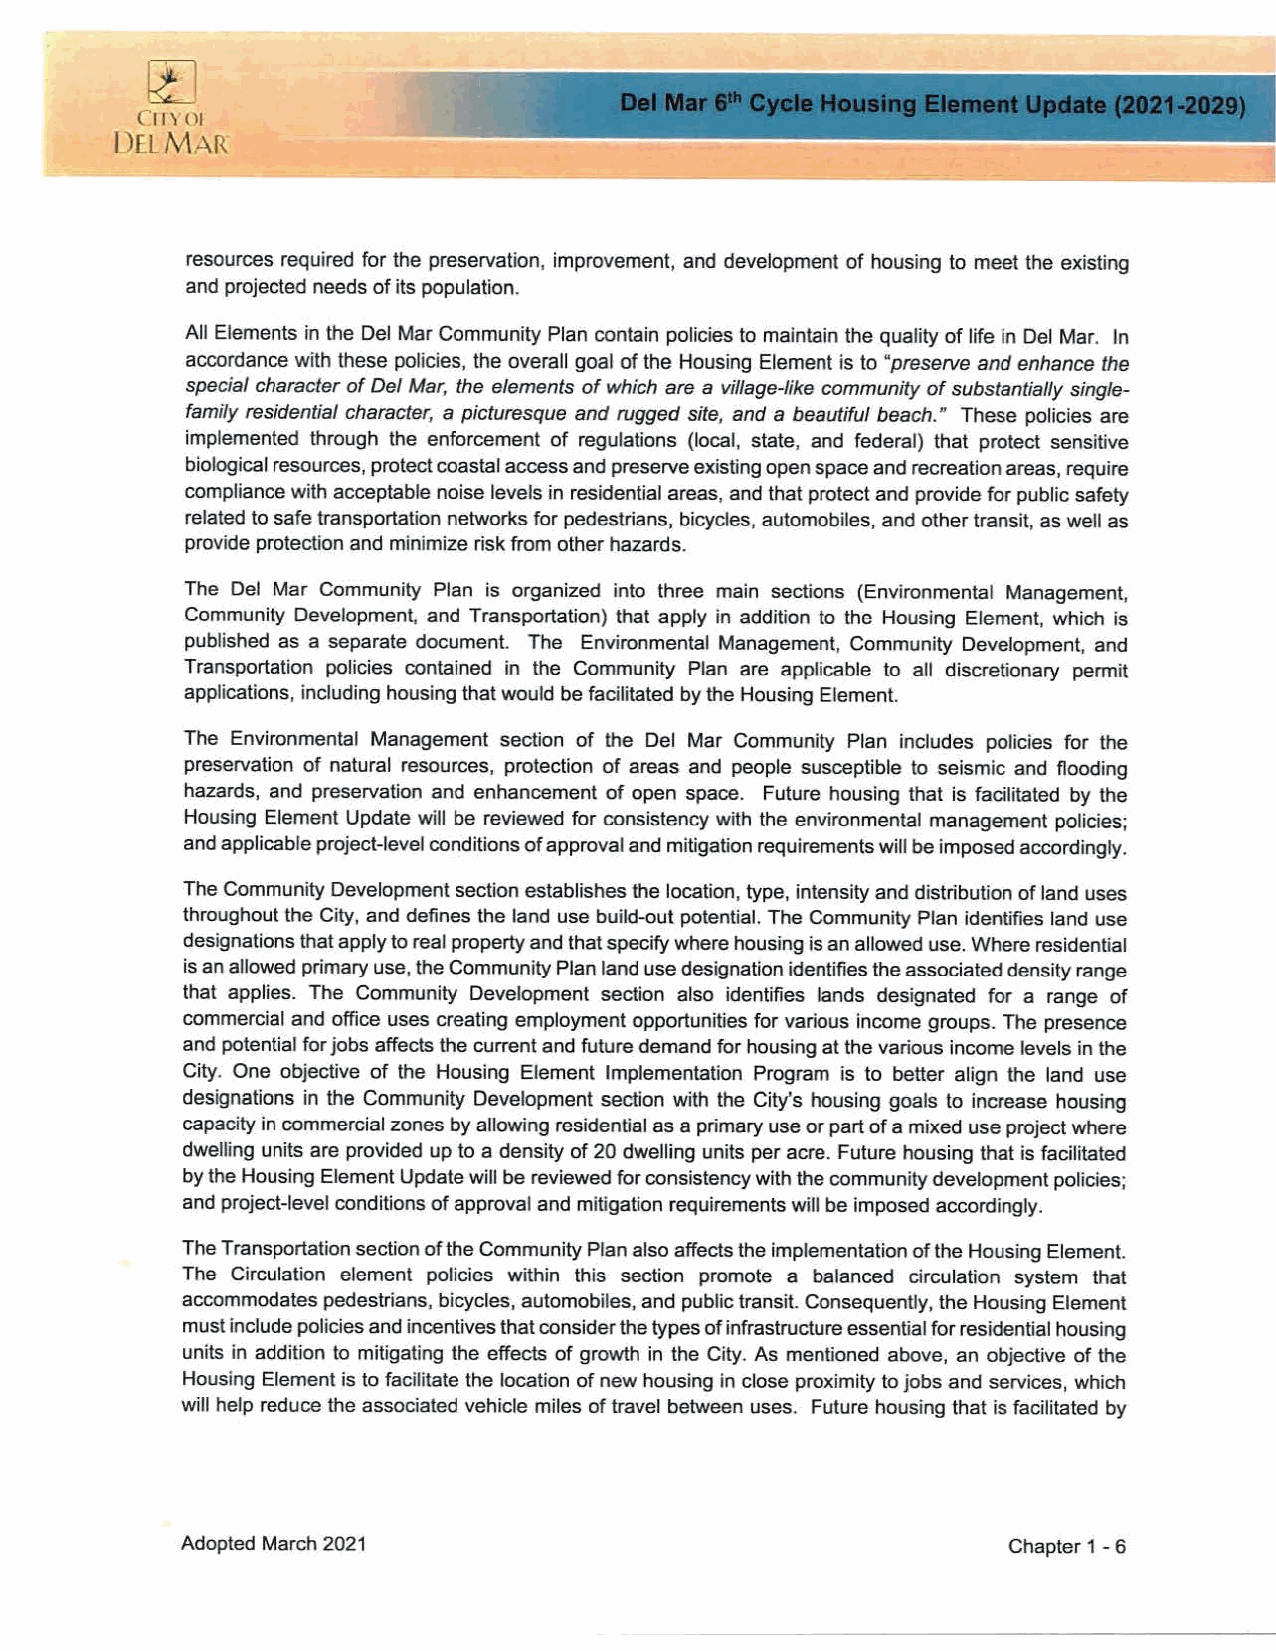
Cityof
 DEL MAR
 resources required for the preservation, improvement, and development of housing to meet the existing
 and projected needs of its population.
 All Elements in the Del Mar Community Plan contain policies to maintain the quality of life in Del Mar. In
 accordance with these policies, the overall goal of the Housing Element is to "preserve and enhance the
 special character of Del Mar, the elements of which are a village-like community of substantially single
 family residential character, a picturesque and rugged site, and a beautiful beach." These policies are
 implemented through the enforcement of regulations (local, state, and federal) that protect sensitive
 biological resources, protect coastal access and preserve existing open space and recreation areas, require
 compliance with acceptable noise levels in residential areas, and that protect and provide for public safety
 related to safe transportation networks for pedestrians, bicycles, automobiles, and other transit, as well as
 provide protection and minimize risk from other hazards.
 The Del Mar Community Plan is organized into three main sections (Environmental Management,
 Community Development, and Transportation) that apply in addition to the Housing Element, which is
 published as a separate document. The Environmental Management, Community Development, and
 Transportation policies contained in the Community Plan are applicable to all discretionary permit
 applications, including housing that would be facilitated by the Housing Element.
 The Environmental Management section of the Del Mar Community Plan includes policies for the
 preservation of natural resources, protection of areas and people susceptible to seismic and flooding
 hazards, and preservation and enhancement of open space. Future housing that is facilitated by the
 Housing Element Update will be reviewed for consistency with the environmental management policies;
 and applicable project-level conditions of approval and mitigation requirements will be imposed accordingly.
 The Community Development section establishes the location, type, intensity and distribution of land uses
 throughout the City, and defines the land use build-out potential. The Community Plan identifies land use
 designations that apply to real property and that specify where housing is an allowed use. Where residential
 is an allowed primary use, the Community Plan land use designation identifies the associated density range
 that applies. The Community Development section also identifies lands designated for a range of
 commercial and office uses creating employment opportunities for various income groups. The presence
 and potential for jobs affects the current and future demand for housing at the various income levels in the
 City. One objective of the Housing Element Implementation Program is to better align the land use
 designations in the Community Development section with the City's housing goals to increase housing
 capacity in commercial zones by allowing residential as a primary use or part of a mixed use project where
 dwelling units are provided up to a density of 20 dwelling units per acre. Future housing that is facilitated
 by the Housing Element Update will be reviewed for consistency with the community development policies;
 and project-level conditions of approval and mitigation requirements will be imposed accordingly.
 The Transportation section of the Community Plan also affects the implementation of the Housing Element.
 The Circulation element policies within this section promote a balanced circulation system that
 accommodates pedestrians. bicycles, automobiles, and public transit. Consequently, the Housing Element
 must include policies and incentives that consider the types of infrastructure essential for residential housing
 units in addition to mitigating the effects of growth in the City. As mentioned above, an objective of the
 Housing Element is to facilitate the location of new housing in close proximity to jobs and services, which
 will help reduce the associated vehicle miles of travel between uses. Future housing that is facilitated by
 Adopted March 2021                                     Chapter 1 - 6